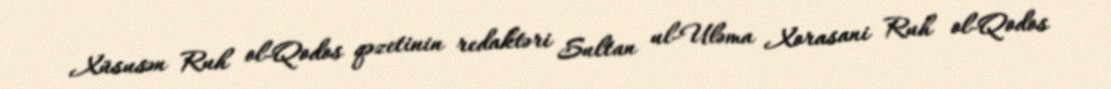
Xüsusən Ruh ol-Qodos qəzetinin redaktəri Sultan ul-Uləma Xorasani Ruh ol-Qodos